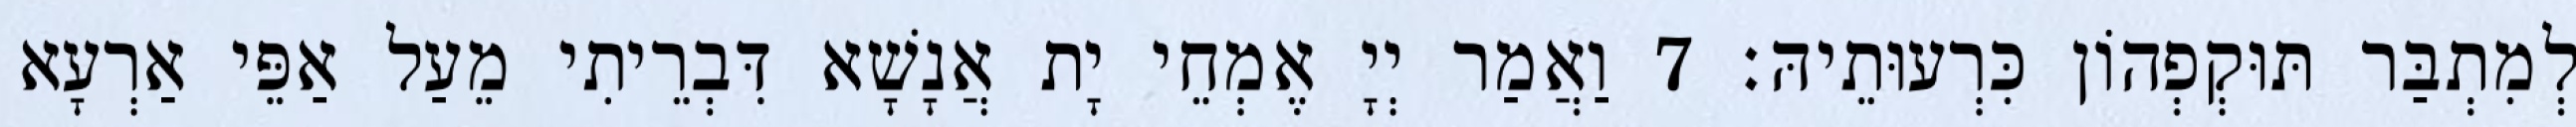
לְמִתְבַּר תּוּקְפְהוֹן כִּרְעוּתֵיהּ׃ 7 וַאֲמַר יְיָ אֶמְחֵי יָת אֲנָשָׁא דִּבְרֵיתִי מֵעַל אַפֵּי אַרְעָא